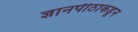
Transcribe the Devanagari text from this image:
ज्ञानपीठाकडून